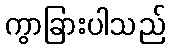
ကွာခြားပါသည်